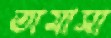
তামাসা